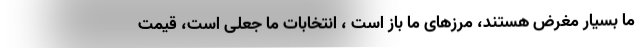
ما بسیار مغرض هستند، مرزهای ما باز است ، انتخابات ما جعلی است، قیمت